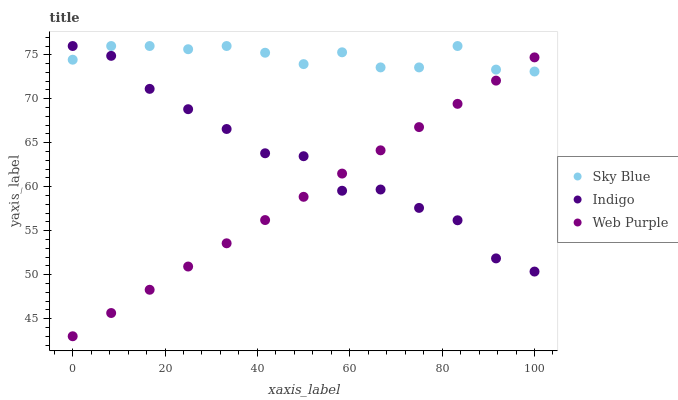
| xaxis_label | Sky Blue | Indigo | Web Purple |
 | --- | --- | --- | --- |
 | 0 | 74.4 | 76 | 43 |
 | 8.33 | 76 | 74.9 | 45.6 |
 | 16.7 | 76 | 71.1 | 48.3 |
 | 25 | 75.6 | 68.8 | 50.9 |
 | 33.3 | 76 | 66.6 | 53.6 |
 | 41.7 | 75.2 | 63.8 | 56.2 |
 | 50 | 73.9 | 63.5 | 58.9 |
 | 58.3 | 75.3 | 59.5 | 61.5 |
 | 66.7 | 73.6 | 59.7 | 64.1 |
 | 75 | 73.6 | 57.6 | 66.8 |
 | 83.3 | 76 | 56.2 | 69.4 |
 | 91.7 | 73.3 | 51.9 | 72.1 |
 | 100 | 73.1 | 50.4 | 74.7 |